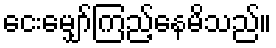
ငေးမျှော်ကြည့်နေမိသည်။